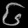
Digit: ၆